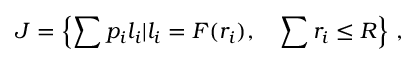
J = \left\{ \sum p _ { i } l _ { i } | l _ { i } = F ( r _ { i } ) , \quad \sum r _ { i } \le R \right\} \, ,